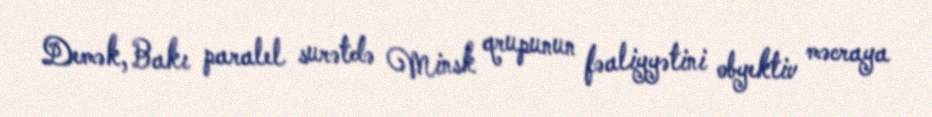
Demək, Bakı paralel surətdə Minsk qrupunun fəaliyyətini obyektiv məcraya